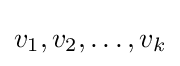
v_{1},v_{2},\ldots ,v_{k}